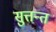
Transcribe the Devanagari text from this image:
सुत्तन्त